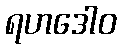
ရဟဒေါဝ